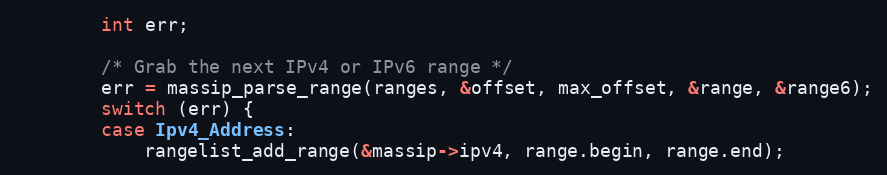
Language: C
        int err;

        /* Grab the next IPv4 or IPv6 range */
        err = massip_parse_range(ranges, &offset, max_offset, &range, &range6);
        switch (err) {
        case Ipv4_Address:
            rangelist_add_range(&massip->ipv4, range.begin, range.end);